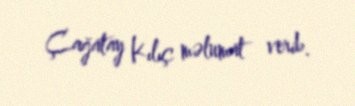
Çağatay Kılıç məlumat verib.